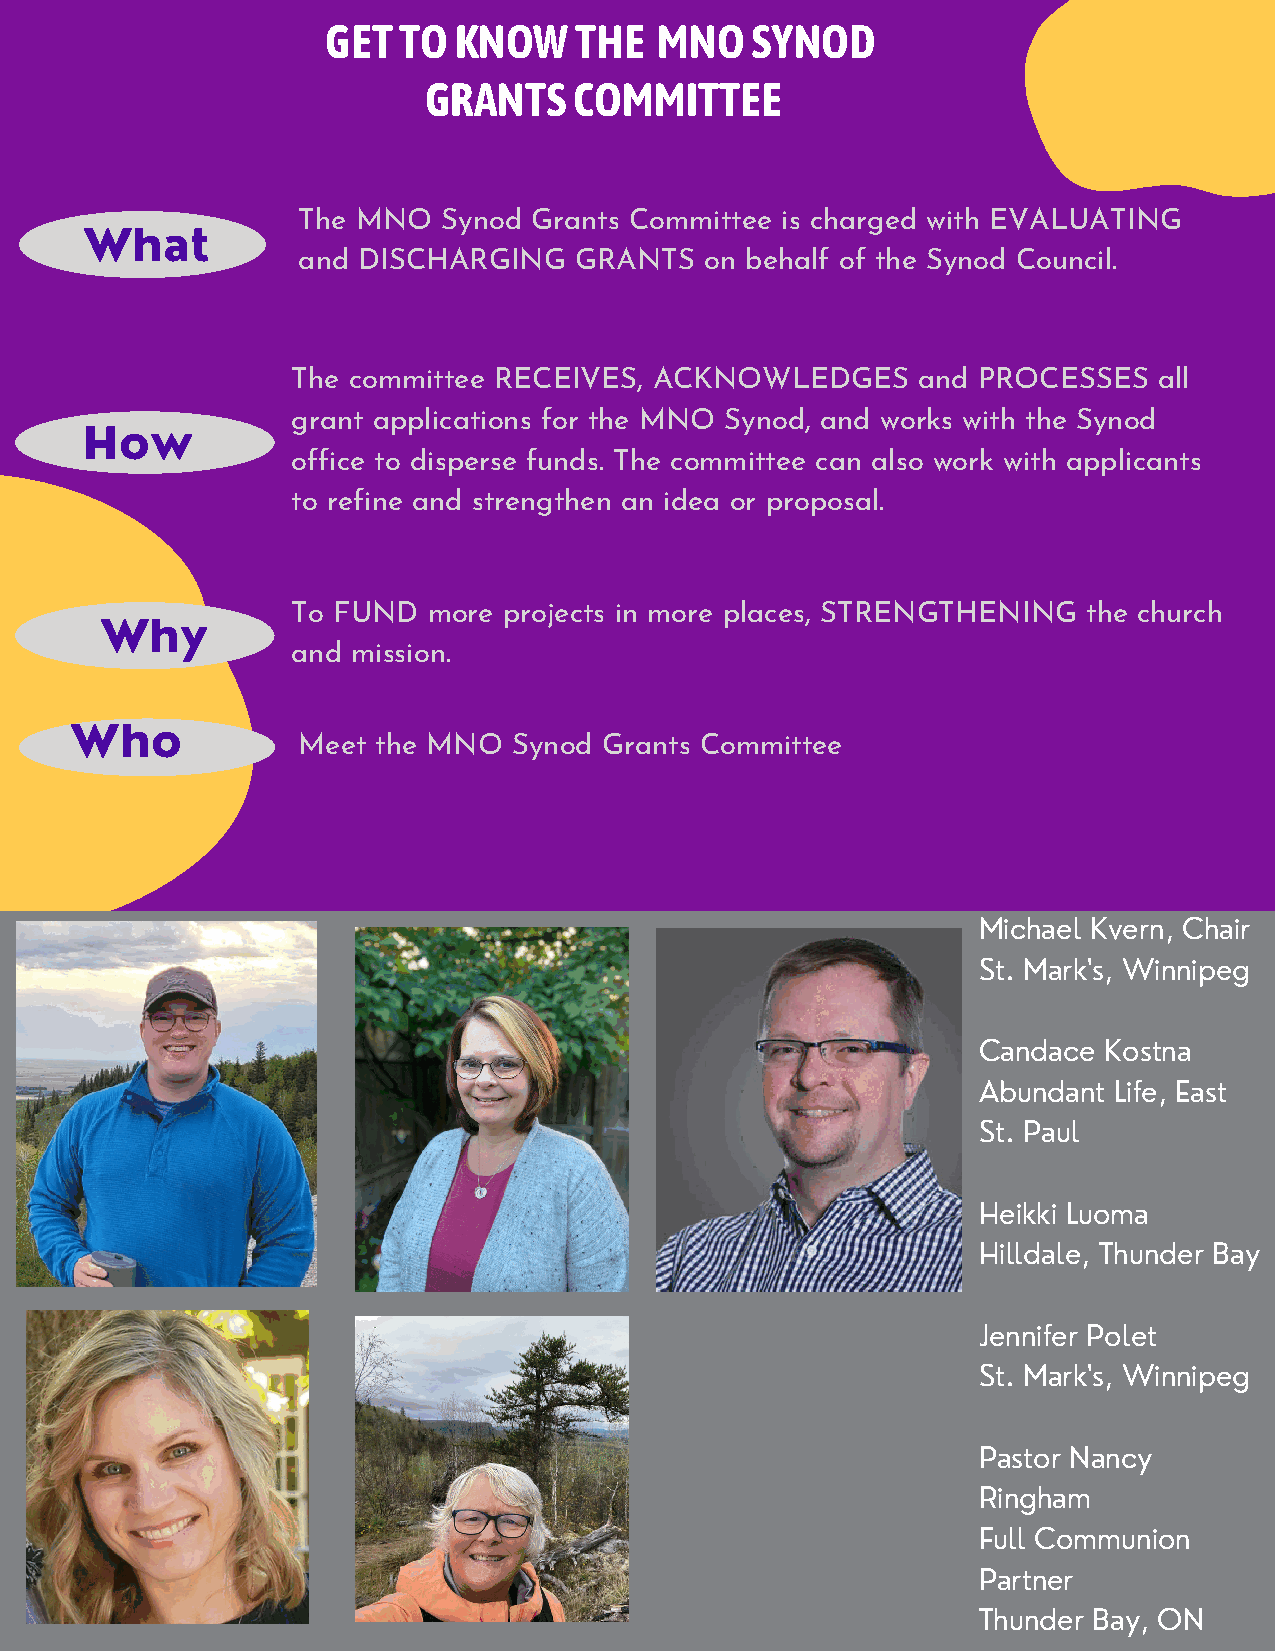
GET TO  KNOW    THE   MNO   SYNOD
 GRANTS    COMMITTEE
 The MNO  Synod Grants Committee is charged with EVALUATING
 What
 and DISCHARGING   GRANTS   on behalf of the Synod Council.
 The committee RECEIVES, ACKNOWLEDGES      and PROCESSES   all
 grant applications for the MNO Synod, and works with the Synod
 How
 office to disperse funds. The committee can also work with applicants
 to refine and strengthen an idea or proposal.
 To FUND  more projects in more places, STRENGTHENING the church
 Why
 and mission.
 Who
 Meet the MNO  Synod Grants Committee
 Michael Kvern, Chair
 St. Mark's, Winnipeg
 Candace Kostna
 Abundant Life, East
 St. Paul
 Heikki Luoma
 Hilldale, Thunder Bay
 Jennifer Polet
 St. Mark's, Winnipeg
 Pastor Nancy
 Ringham
 Full Communion
 Partner
 Thunder Bay, ON